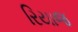
રિયાજ